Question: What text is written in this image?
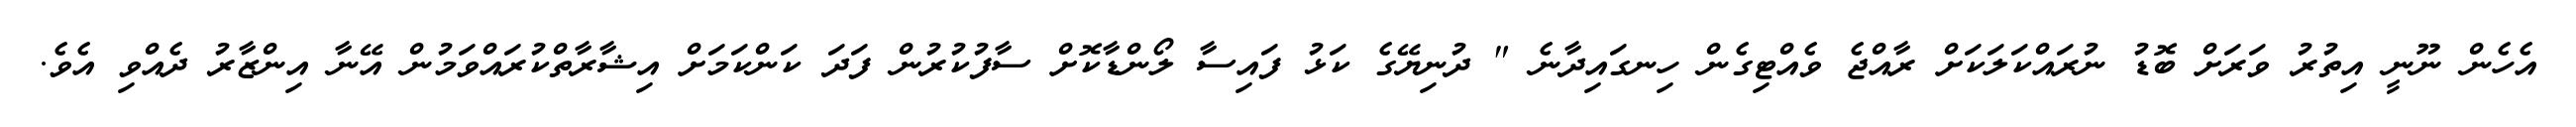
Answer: އެހެން ނޫނީ އިތުރު ވަރަށް ބޮޑު ނުރައްކަލަކަށް ރާއްޖެ ވެއްޓިގެން ހިނގައިދާނެ " ދުނިޔޭގެ ކަޅު ފައިސާ ލޯންޑާކޮށް ސާފުކުރުން ފަދަ ކަންކަމަށް އިޝާރާތްކުރައްވަމުން އޭނާ އިންޒާރު ދެއްވި އެވެ.